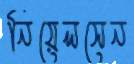
নিয়েলসেন